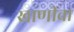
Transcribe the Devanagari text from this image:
खाणीचा